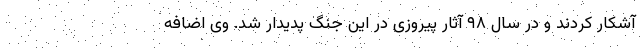
آشکار کردند و در سال ۹۸ آثار پیروزی در این جنگ پدیدار شد. وی اضافه